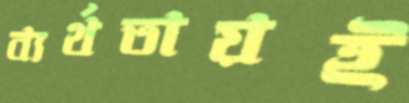
ব্যর্থতায়ই